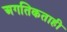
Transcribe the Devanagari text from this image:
अगतिकताही